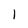
Character: 1